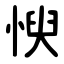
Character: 㥚